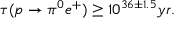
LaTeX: \tau ( p \to \pi ^ { 0 } e ^ { + } ) \geq 1 0 ^ { 3 6 \pm 1 . 5 } y r .